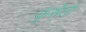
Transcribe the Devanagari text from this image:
कूसेला